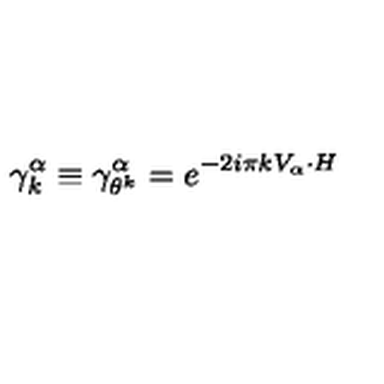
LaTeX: \gamma _ { k } ^ { \alpha } \equiv \gamma _ { \theta ^ { k } } ^ { \alpha } = e ^ { - 2 i \pi k V _ { \alpha } \cdot H }